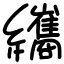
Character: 纗